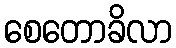
စေတောခိလာ